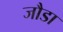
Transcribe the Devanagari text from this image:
जौडा